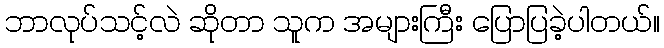
ဘာလုပ်သင့်လဲ ဆိုတာ သူက အများကြီး ပြောပြခဲ့ပါတယ်။